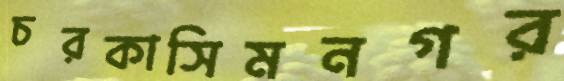
চরকাসিমনগর